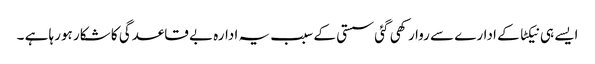
ایسے ہی نیکٹا کے ادارے سے روا رکھی گئی سستی کے سبب یہ ادارہ بے قاعدگی کا شکار ہورہا ہے ۔